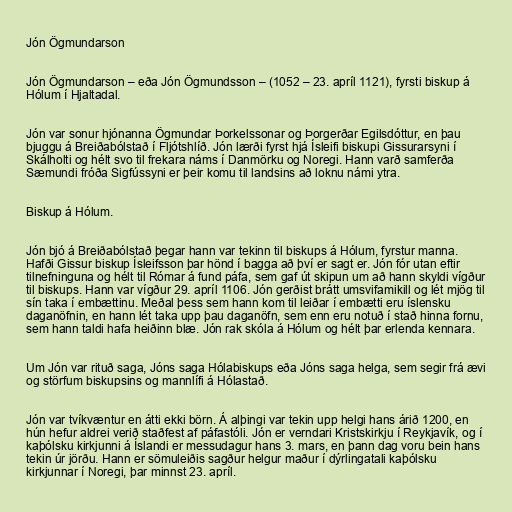
Jón Ögmundarson

Jón Ögmundarson – eða Jón Ögmundsson – (1052 – 23. apríl 1121), fyrsti biskup á
Hólum í Hjaltadal.

Jón var sonur hjónanna Ögmundar Þorkelssonar og Þorgerðar Egilsdóttur, en þau
bjuggu á Breiðabólstað í Fljótshlíð. Jón lærði fyrst hjá Ísleifi biskupi Gissurarsyni í
Skálholti og hélt svo til frekara náms í Danmörku og Noregi. Hann varð samferða
Sæmundi fróða Sigfússyni er þeir komu til landsins að loknu námi ytra.

Biskup á Hólum.

Jón bjó á Breiðabólstað þegar hann var tekinn til biskups á Hólum, fyrstur manna.
Hafði Gissur biskup Ísleifsson þar hönd í bagga að því er sagt er. Jón fór utan eftir
tilnefninguna og hélt til Rómar á fund páfa, sem gaf út skipun um að hann skyldi vígður
til biskups. Hann var vígður 29. apríl 1106. Jón gerðist brátt umsvifamikill og lét mjög til
sín taka í embættinu. Meðal þess sem hann kom til leiðar í embætti eru íslensku
daganöfnin, en hann lét taka upp þau daganöfn, sem enn eru notuð í stað hinna fornu,
sem hann taldi hafa heiðinn blæ. Jón rak skóla á Hólum og hélt þar erlenda kennara.

Um Jón var rituð saga, Jóns saga Hólabiskups eða Jóns saga helga, sem segir frá ævi
og störfum biskupsins og mannlífi á Hólastað.

Jón var tvíkvæntur en átti ekki börn. Á alþingi var tekin upp helgi hans árið 1200, en
hún hefur aldrei verið staðfest af páfastóli. Jón er verndari Kristskirkju í Reykjavík, og í
kaþólsku kirkjunni á Íslandi er messudagur hans 3. mars, en þann dag voru bein hans
tekin úr jörðu. Hann er sömuleiðis sagður helgur maður í dýrlingatali kaþólsku
kirkjunnar í Noregi, þar minnst 23. apríl.